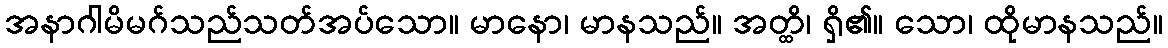
အနာဂါမိမဂ်သည်သတ်အပ်သော။ မာနော၊ မာနသည်။ အတ္ထိ၊ ရှိ၏။ သော၊ ထိုမာနသည်။